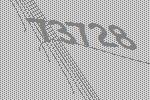
73728